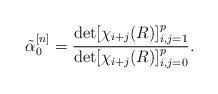
LaTeX: \begin{align*}\tilde\alpha_0^{[n]} = \frac{\det [\chi_{i+j}(R)]_{i,j=1}^{p} } {\det [\chi_{i+j}(R)]_{i,j=0}^{p} }.\end{align*}